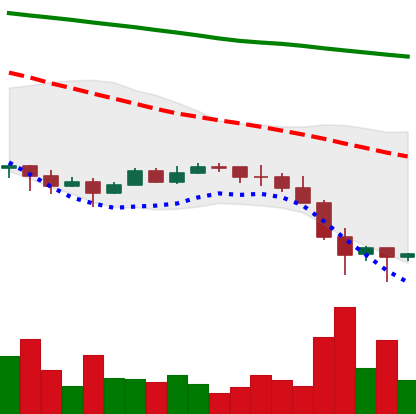
Ticker: EOS-USD
Chart end date: 2022-01-25
Forward return: 4.339%
Label: up_3_5